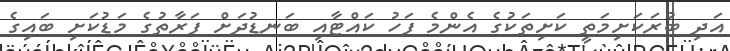
އަދި ބުރަކަށިމަތީ ކަށިތަކުގެ އެންމެ ފަހު ކައްޓާއި ބަނޑުދަށް ފަރާތުގެ މަޑުކަށި ބައިގެ